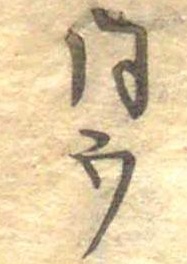
同ウ